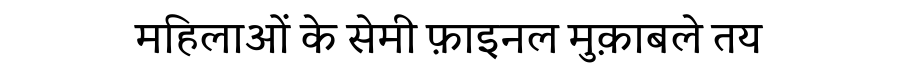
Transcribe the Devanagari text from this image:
महिलाओं के सेमी फ़ाइनल मुक़ाबले तय